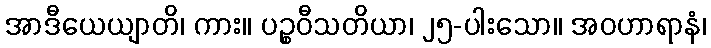
အာဒီယေယျာတိ၊ ကား။ ပဉ္စဝီသတိယာ၊ ၂၅-ပါးသော။ အဝဟာရာနံ၊